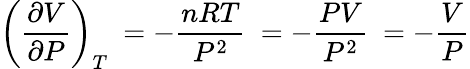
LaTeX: \left({\frac{\partial V}{\partial P}}\right)_{T}\ =-{\frac{nRT}{P^{2}}}\ =-{\frac{PV}{P^{2}}}\ =-{\frac{V}{P}}